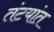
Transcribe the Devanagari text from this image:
तंटयांत